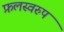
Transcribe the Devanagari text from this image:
फ़लस्वरुप